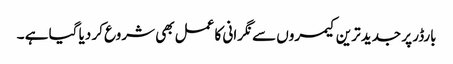
بارڈر پر جدید ترین کیمروں سے نگرانی کا عمل بھی شروع کر دیا گیا ہے ۔